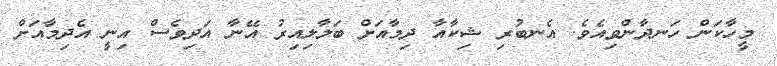
މީހާކަން ހަނދާންވިއެވެ. އެނބުރި ޝިކާއާ ދިމާއަށް ބަލާލިއިރު އޭނާ އަދިވެސް އިނީ އެދިމާއަށް